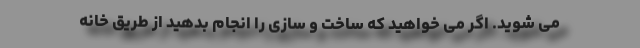
می شوید. اگر می خواهید که ساخت و سازی را انجام بدهید از طریق خانه